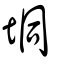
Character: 垌